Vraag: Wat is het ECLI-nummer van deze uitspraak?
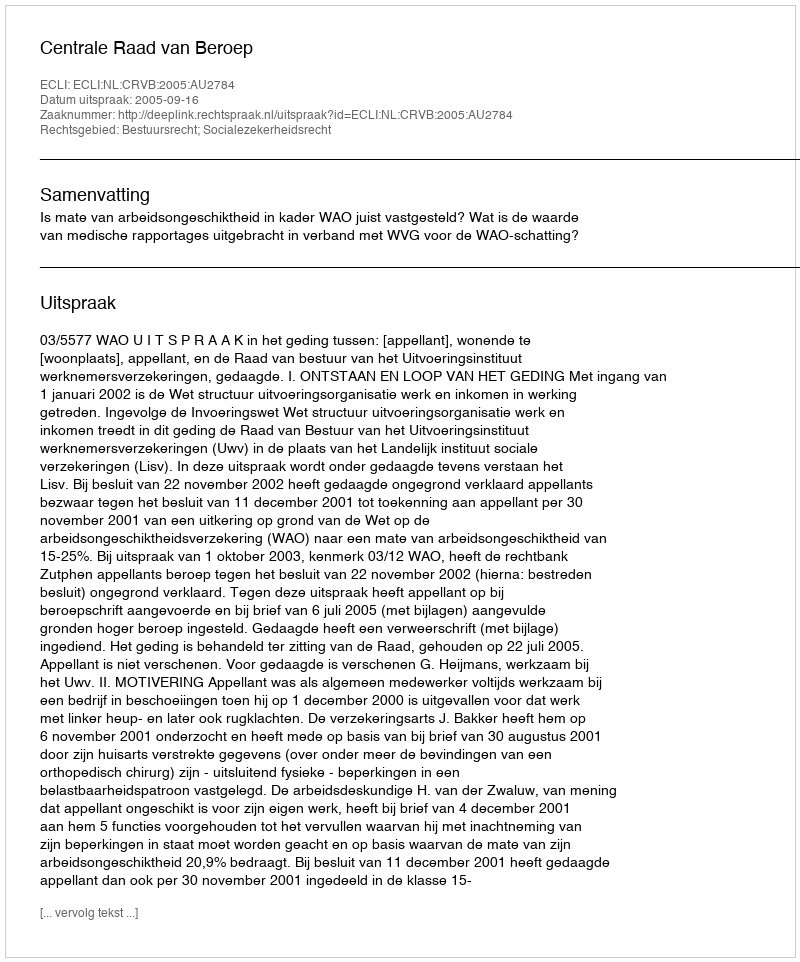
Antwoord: ECLI:NL:CRVB:2005:AU2784